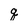
Character: q